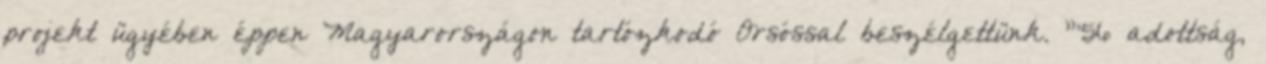
projekt ügyében éppen Magyarországon tartózkodó Orsóssal beszélgettünk. "'56 adottság,